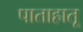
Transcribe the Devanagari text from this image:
पाताहातू